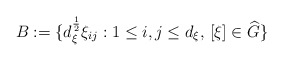
\begin{align*} B:= \{d_\xi^{\frac{1}{2}}\xi_{ij}:1\leq i,j\leq d_\xi,\,[\xi]\in \widehat{G}\}\end{align*}